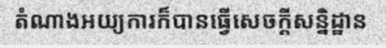
តំណាងអយ្យការក៏បានធ្វើសេចក្តីសន្និដ្ឋាន